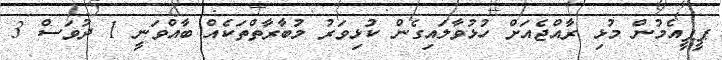
ޕީޕީއެމުން މުޅި ރާއްޖެއަށް ހުޅުވާލައިގެން ކުޅިވަރު މުބާރާތްތަކެއް ބާއްވަނީ 1 ދުވަސް 3